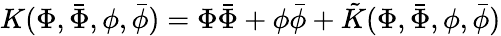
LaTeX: K(\Phi,\bar{\Phi},\phi,\bar{\phi})=\Phi\bar{\Phi}+\phi\bar{\phi}+\tilde{K}(\Phi,\bar{\Phi},\phi,\bar{\phi})